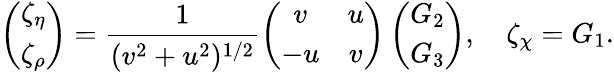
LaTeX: \left(\begin{array}{c}{{\zeta_{\eta}}}\\ {{\zeta_{\rho}}}\end{array}\right)=\frac{1}{(v^{2}+u^{2})^{1/2}}\left(\begin{array}{cc}{{v}}&{{u}}\\ {{-u}}&{{v}}\end{array}\right)\left(\begin{array}{c}{{G_{2}}}\\ {{G_{3}}}\end{array}\right),~~~~\zeta_{\chi}=G_{1}.